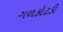
ગળકોટડી